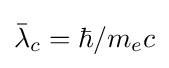
{\bar {\lambda }}_{c}=\hbar /m_{e}c